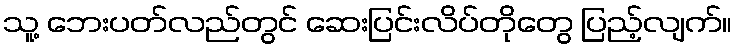
သူ့ ဘေးပတ်လည်တွင် ဆေးပြင်းလိပ်တိုတွေ ပြည့်လျက်။